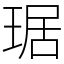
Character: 琚